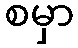
စမှာ